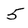
Character: 5